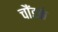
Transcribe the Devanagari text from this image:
चौंडकं